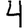
Digit: 4